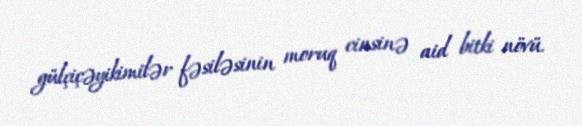
gülçiçəyikimilər fəsiləsinin moruq cinsinə aid bitki növü.